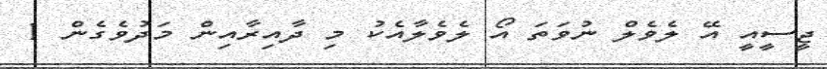
ޖީސީއީ އޭ ލެވެލް ނުވަތަ އޯ ލެވެލާއެކު މި ދާއިރާއިން މަދުވެގެން 1